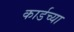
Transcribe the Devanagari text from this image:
कार्डच्या